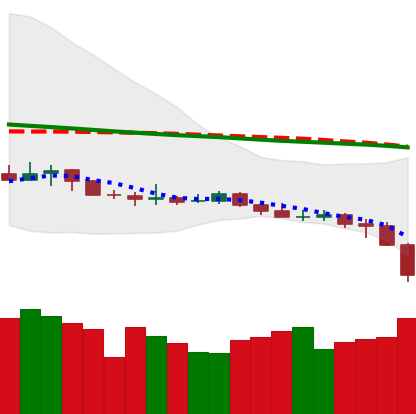
Ticker: XLM-USD
Chart end date: 2019-12-17
Forward return: 7.362%
Label: up_7plus